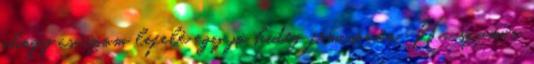
ahogy csúszom lefelé egy jó hideg fémcsövön. Ha szumós